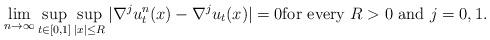
LaTeX: \begin{align*}\lim_{n\to\infty}\sup_{t\in[0,1]}\sup_{|x|\leq R}|\nabla^j u^n_t(x)-\nabla^ju_t(x)|=0\hbox{for every } R>0\hbox{ and } j=0,1.\end{align*}